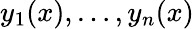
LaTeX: y_{1}(x),\ldots,y_{n}(x)